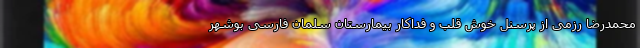
محمدرضا رزمی از پرسنل خوش قلب و فداکار بیمارستان سلمان فارسی بوشهر